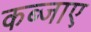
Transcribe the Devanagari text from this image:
कब्जाए